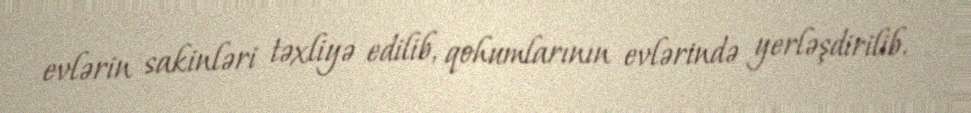
evlərin sakinləri təxliyə edilib, qohumlarının evlərində yerləşdirilib.